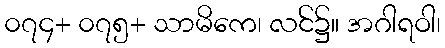
၀၇၄+ ၀၇၅+ သာမိကေ၊ လင်၌။ အဂါရဝါ၊